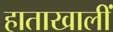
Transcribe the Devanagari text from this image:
हाताखालीं